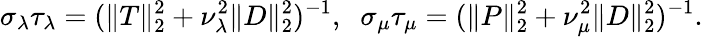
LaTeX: \sigma_{\lambda}\tau_{\lambda}=(\| T\| _{2}^{2}+\nu_{\lambda}^{2}\| D\| _{2}^{2})^{-1},\; \; \sigma_{\mu}\tau_{\mu}=(\| P\| _{2}^{2}+\nu_{\mu}^{2}\| D\| _{2}^{2})^{-1}.